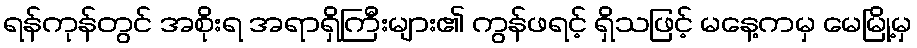
ရန်ကုန်တွင် အစိုးရ အရာရှိကြီးများ၏ ကွန်ဖရင့် ရှိသဖြင့် မနေ့ကမှ မေမြို့မှ